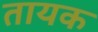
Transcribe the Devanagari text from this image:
तायक